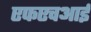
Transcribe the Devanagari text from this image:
एफएचआई